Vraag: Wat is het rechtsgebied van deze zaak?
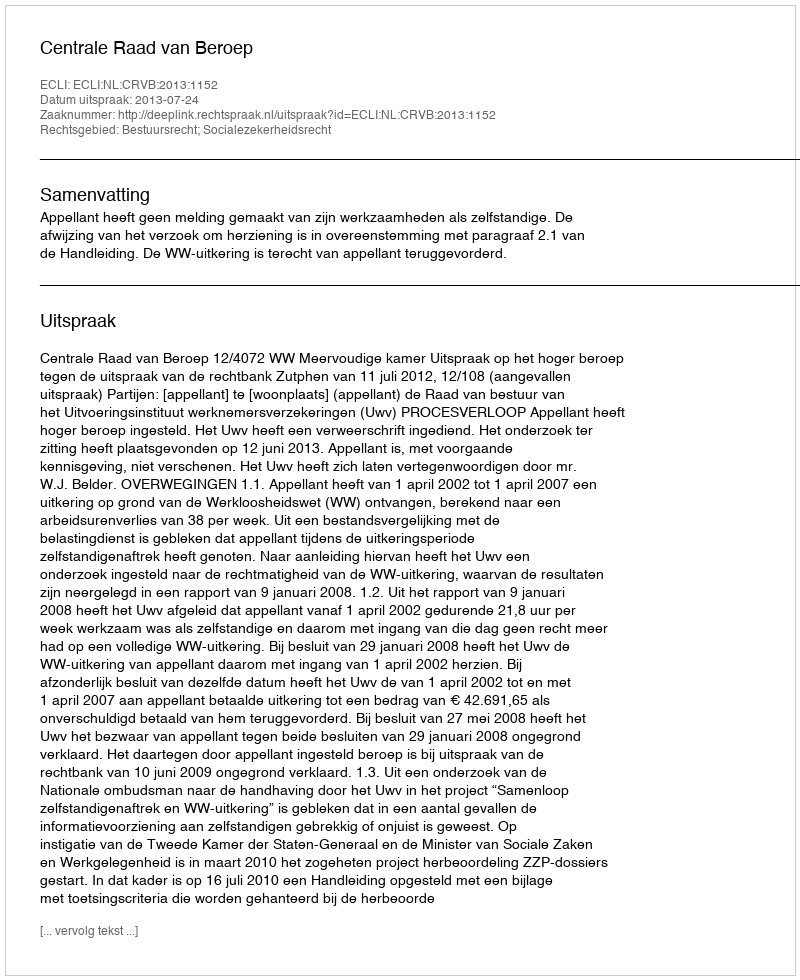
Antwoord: Bestuursrecht; Socialezekerheidsrecht